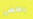
بعض